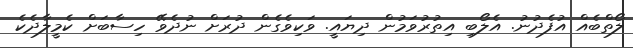
ލޯތްބެއް އުފެދުނު. އެލޯބި އިތުރުވަމުން ދިޔައީ. ވަކިވެގެން ދުރަށް ނުދެވޭ ހިސާބަށް ކެމީލާދެކެ